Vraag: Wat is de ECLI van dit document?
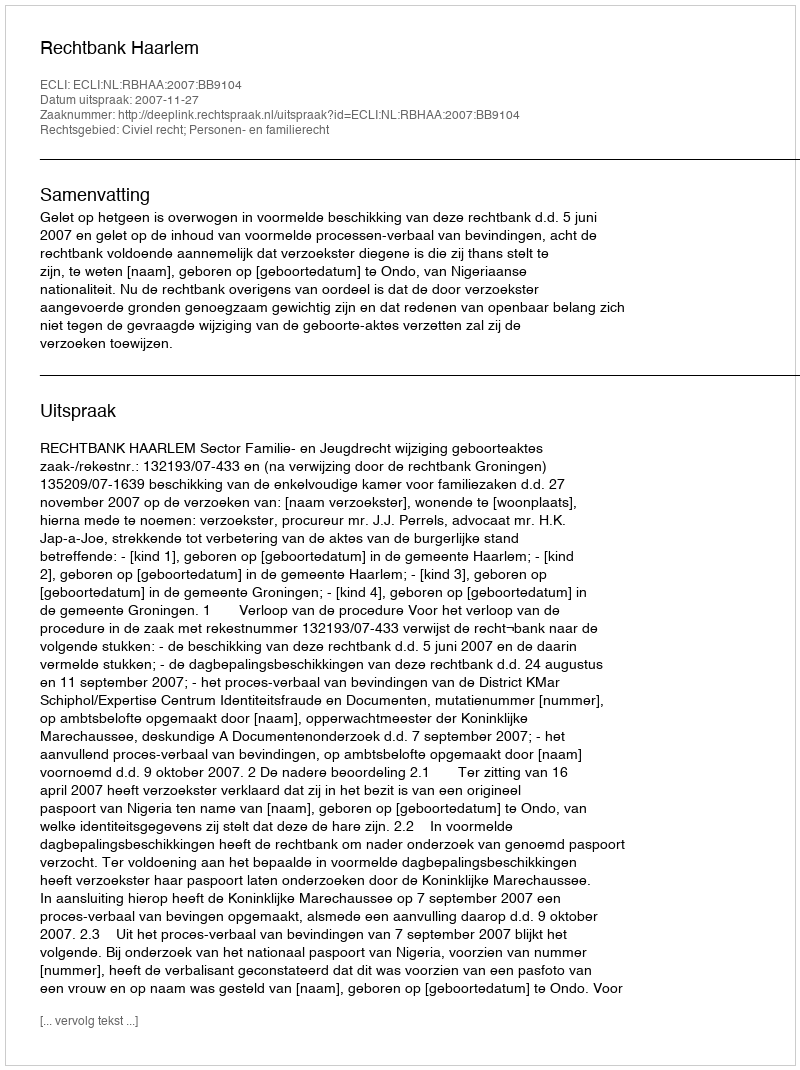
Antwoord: ECLI:NL:RBHAA:2007:BB9104